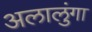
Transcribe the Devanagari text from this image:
अलालुंगा